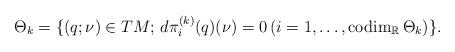
LaTeX: \begin{align*}\Theta_k = \{(q;\nu) \in TM;\, d\pi^{(k)}_i(q)(\nu) = 0\,(i=1,\dots,\operatorname{codim}_{\mathbb{R}}\Theta_k) \}.\end{align*}